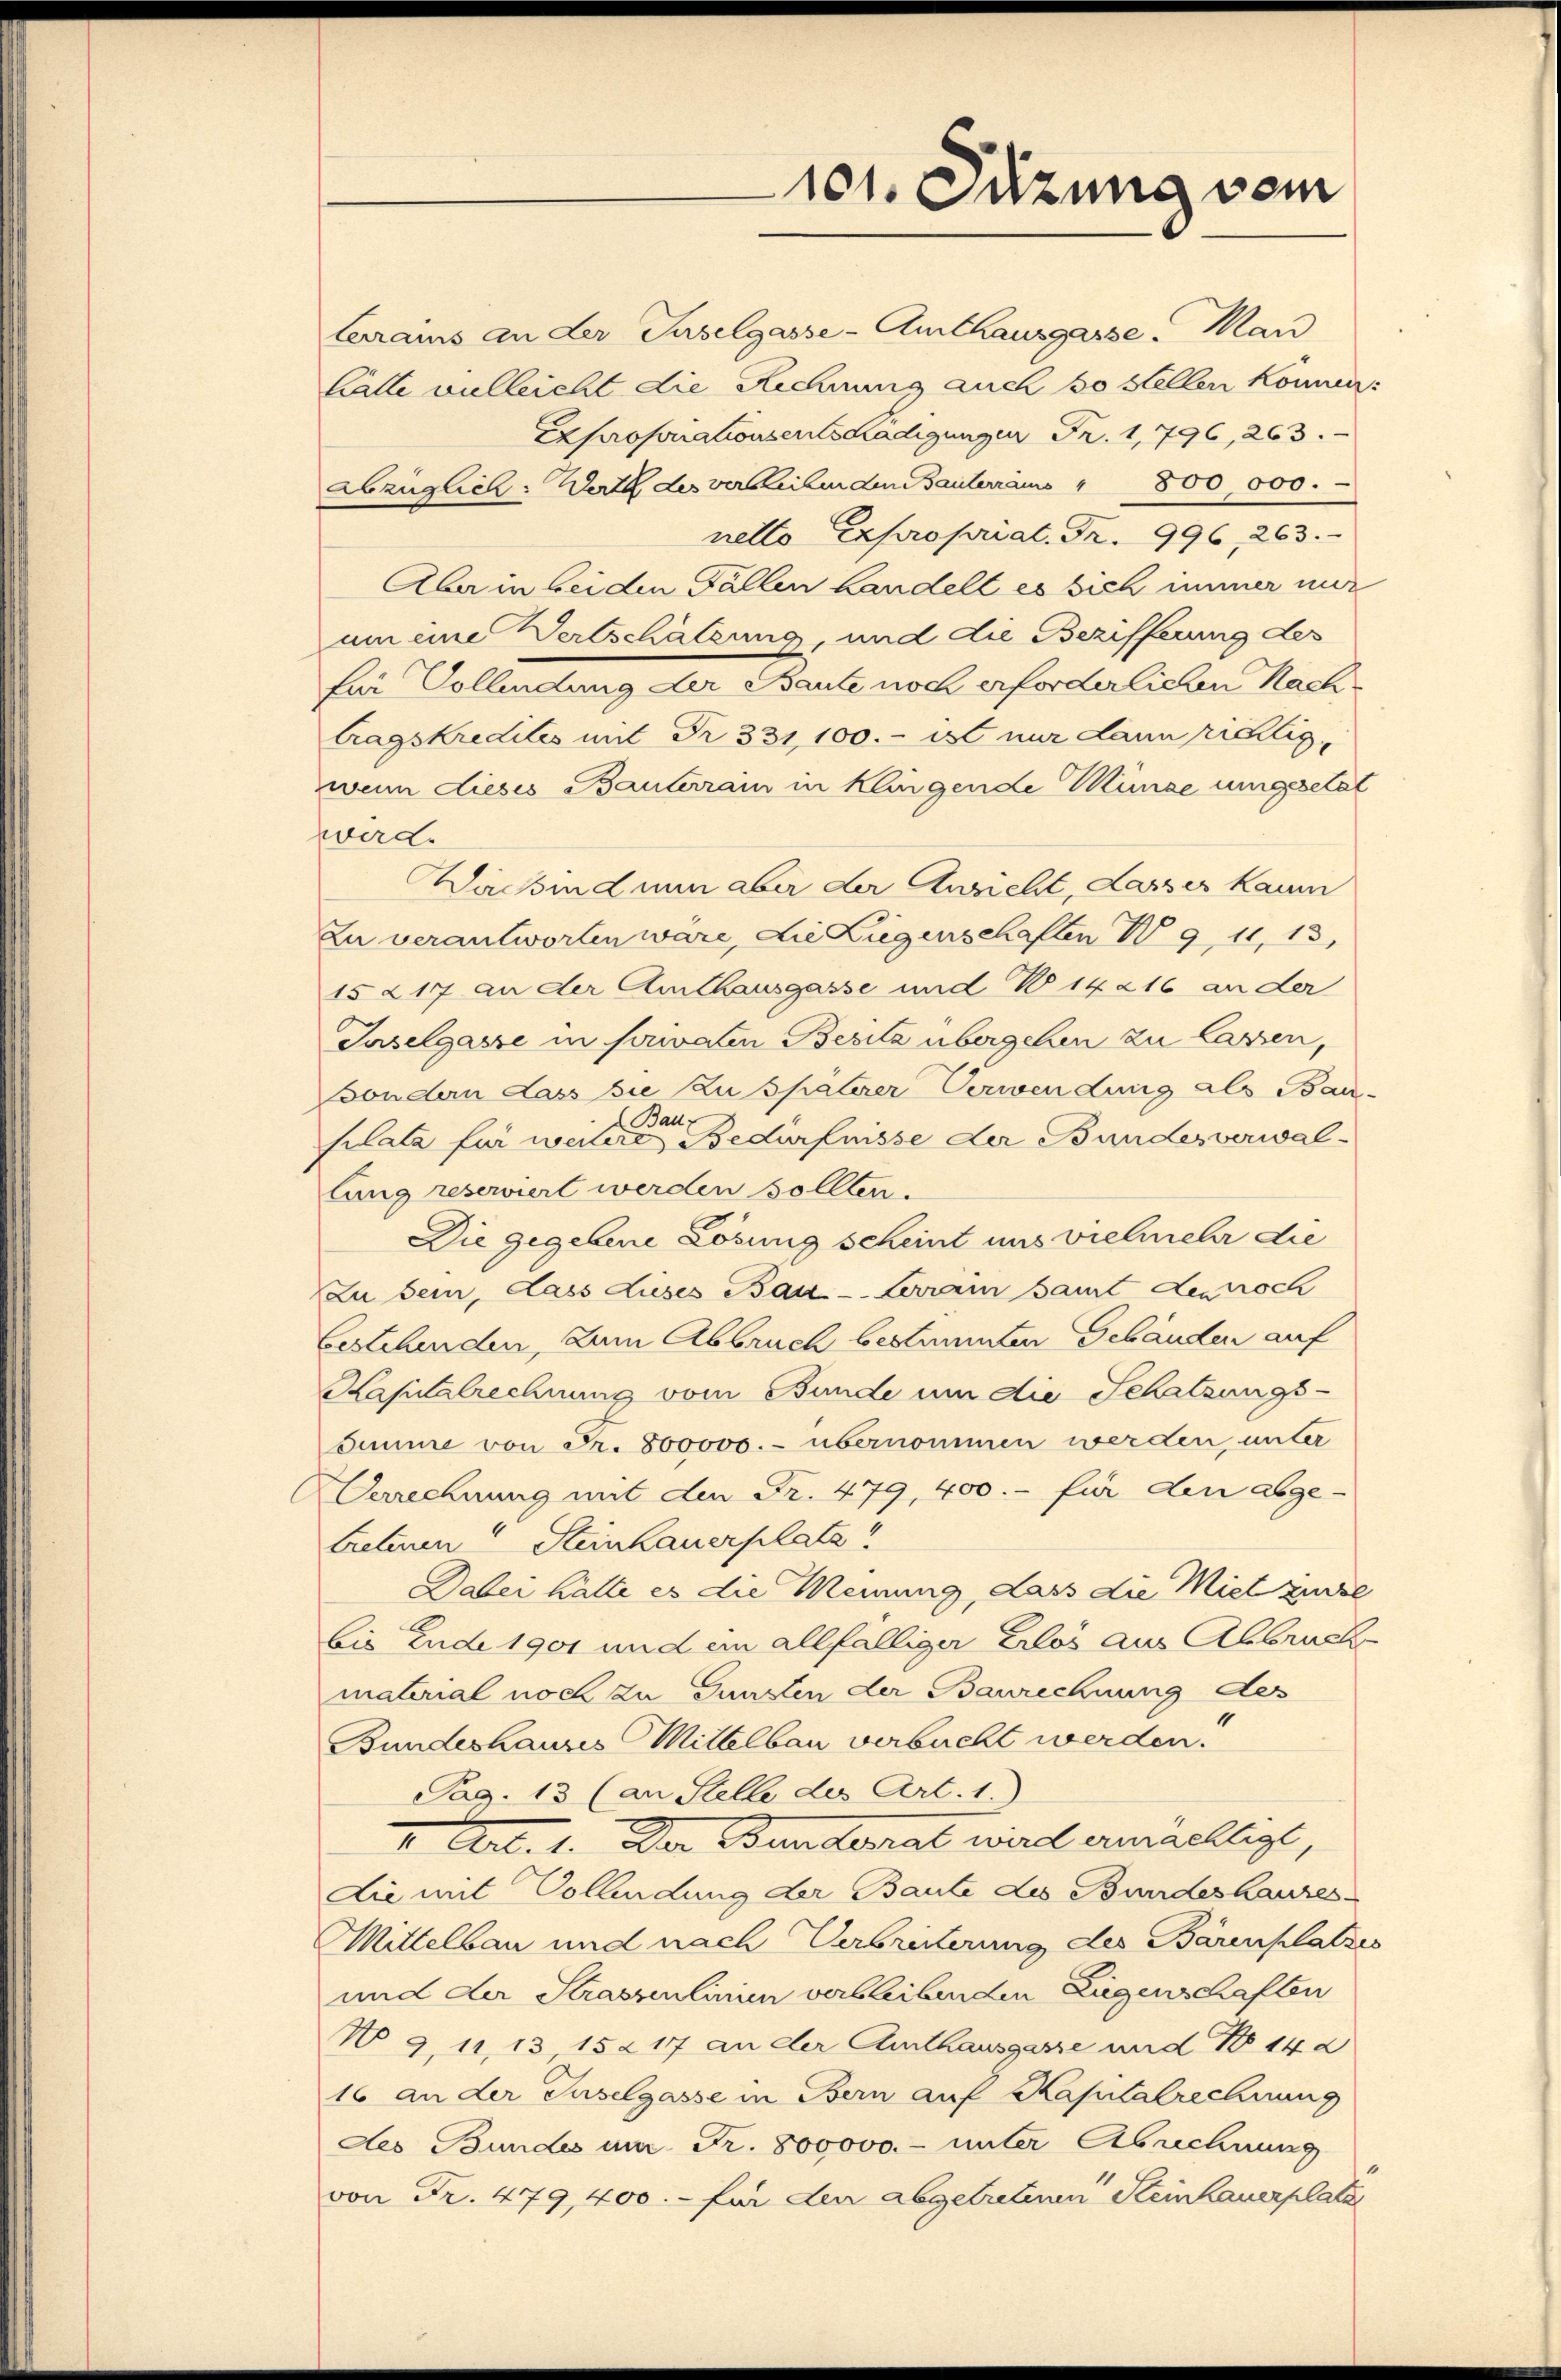
101. Setzung vom

larains an der Suselgasse-Amthausgasse. Man
Latte vielleicht die Rechnung auch so stellen können.
Exproporationsentschädigungen Fr. 1,796, 263.
Abzüglich: Werth des verbleiben den Bauterrams " 800,000.
netto Expropriat. Fr. 996, 263.
Aber in bei den Fällen handelt es sich immer nur
am eine Vertschätzung, und die Bezifferung der
für Vollendung der Baute noch erforderlichen Nachtragskredites mit Fr. 331,100.- ist nur dann reellig
wenn dieses Bauterrain in Klingende Münze umgesetat
wirde
Wachend nun aber der Ansicht, Lasser kaum
Zu verantworten wäre, die Liegenschaften W 911,13
15217 an der Amthausgasse und W 14216 an der
Juselgasse in sonalen Besitz übergehen zu lassen,
Bondern dass sie zu späterer Verwendung als Bau-
sclata für weiter eine Bedürfnisse der Bundesverwallung reserviert werden sollten.
Die gegebene Lösung scheint uns vielmehr die
Zu sein, dass dieses Bau-Lerrain samt dennoch
bestehenden, zum Abbruch bestimmten Gebäuden auf
Kapitalrechnung vom Bunde um die Schatzungs-
dumme von Fr. 800000.- übernommen werden, unter
Verrechnung mit den Fr. 479, 400.- für den abge-
tretenen Steinhauerplatz!
Dabei hätte es die Meinung, dass die Mietzinse
bis Ende 1901 und ein allfälliger Erlös aus Abbruck
material noch zu Gunsten der Baurechnung des
Bundeshauses Mittelbau verbucht werden.
Pag. 13 (an Stelle des Art. 1.)
I Art. 1. Der Bunderrat wird ermailligt,
Lie mit Vollendung der Baute des Bundeshauses
Mittelbau und nach Verbreiterung des Bärenplatzes
und der Strassenlinien verbleibenden Ligenschaften
No 911, 13, 15217 an der Amthausgasse und No 142
16 an der Tuselgasse in Bern auf Kapitalrechnung
des Bundes um Fr. 800000.- unter Abrechnung
von Fr. 479, 400.- für den abgetreten Steinhauerplatz